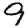
Digit: 9